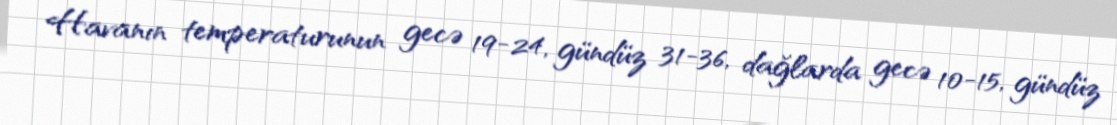
Havanın temperaturunun gecə 19-24, gündüz 31-36, dağlarda gecə 10-15, gündüz